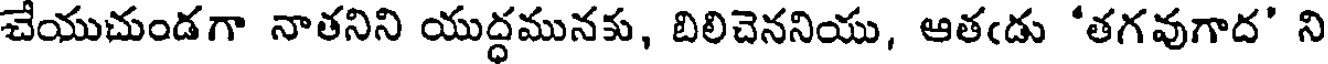
చేయుచుండగా నాతనిని యుద్ధమునకు, బిలిచెననియు, ఆతఁడు 'తగవుగాద' ని